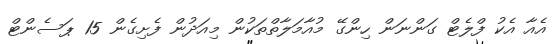
އެއާ އެކު ފްލެޓް ގަންނަން ހިންގޭ މުއާމަލާތްތަކުން މިއަދުން ފެށިގެން 15 ޕަސެންޓް